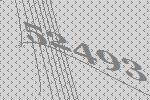
52493